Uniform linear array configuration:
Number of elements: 64
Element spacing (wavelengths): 0.25
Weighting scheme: exponential
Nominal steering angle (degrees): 60
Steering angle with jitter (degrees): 59.032
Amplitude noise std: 0.05
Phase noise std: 0.05

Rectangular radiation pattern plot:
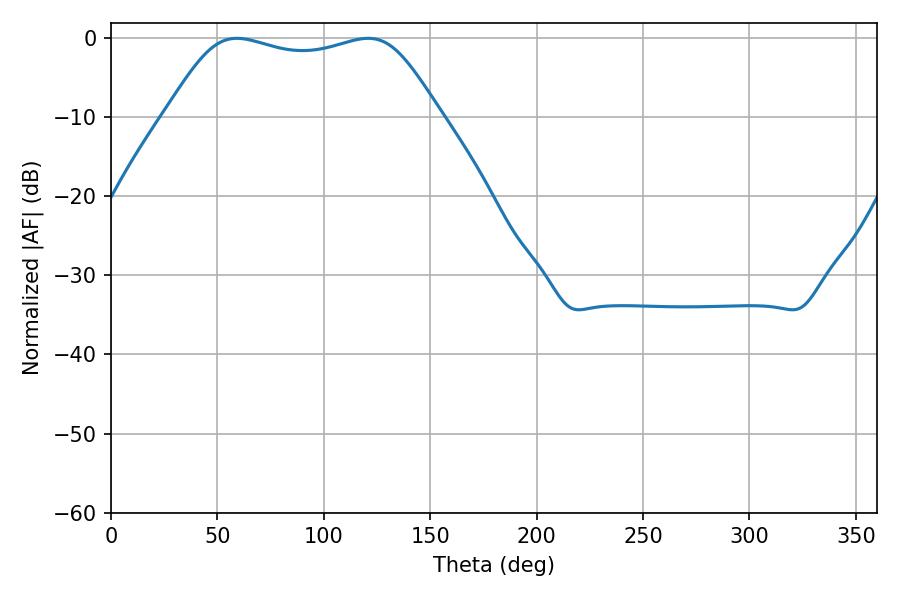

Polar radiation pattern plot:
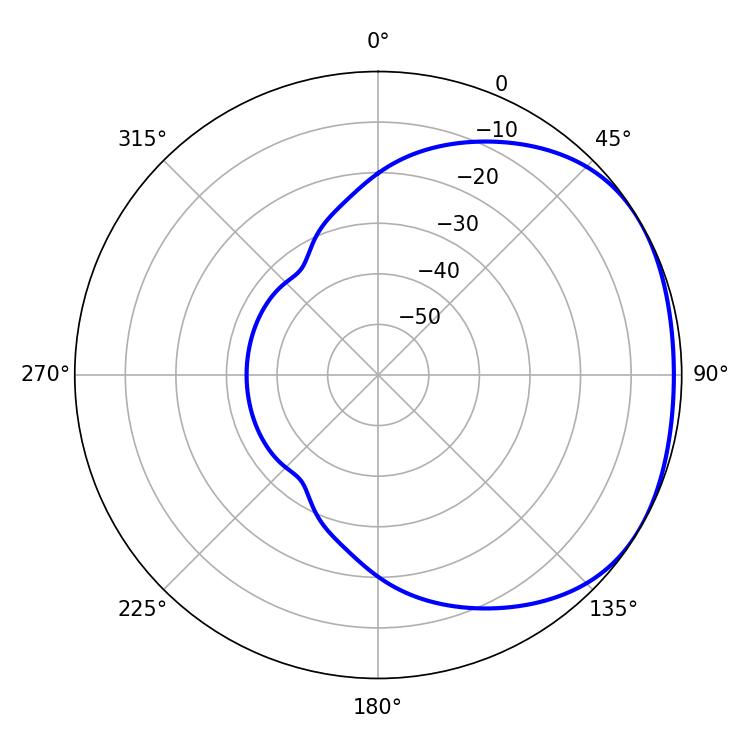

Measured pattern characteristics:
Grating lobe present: FALSE
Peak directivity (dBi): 1.713
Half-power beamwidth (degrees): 98.28
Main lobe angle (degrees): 59.22